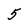
Character: 5